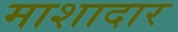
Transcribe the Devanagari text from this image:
माशादार